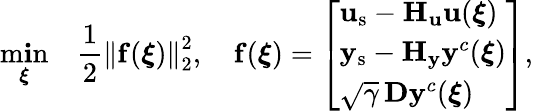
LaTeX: \operatorname*{m\mathbf{i}n}_{\boldsymbol{\xi}}\quad\frac{{1}}{{2}}\left\| \mathbf{{f}}(\boldsymbol{\xi})\right\| _{2}^{2},\quad\mathbf{{f}}(\boldsymbol{\xi})=\left[\begin{array}{l}{\mathbf{u}_{\mathrm{s}}-\mathbf{H}_{\mathbf{u}}\mathbf{u}(\boldsymbol{\xi})}\\ {\mathbf{y}_{\mathrm{s}}-\mathbf{H}_{\mathbf{y}}\mathbf{y}^{c}(\boldsymbol{\xi})}\\ {\sqrt{\gamma}\, \mathbf{D}\mathbf{y}^{c}(\boldsymbol{\xi})}\end{array}\right],